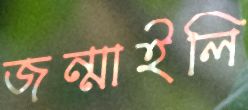
জন্মাইলি